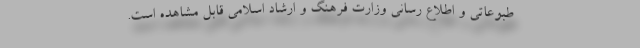
طبوعاتی و اطلاع رسانی وزارت فرهنگ و ارشاد اسلامی قابل مشاهده است.